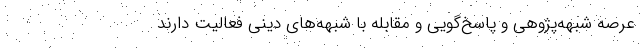
عرصه شبهه‌پژوهی و پاسخ‌گویی و مقابله با شبهه‌های دینی فعالیت دارند